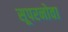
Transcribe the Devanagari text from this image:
सूपरनोवा